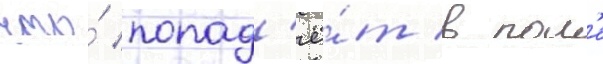
что́ попад'ё́т в пол'е